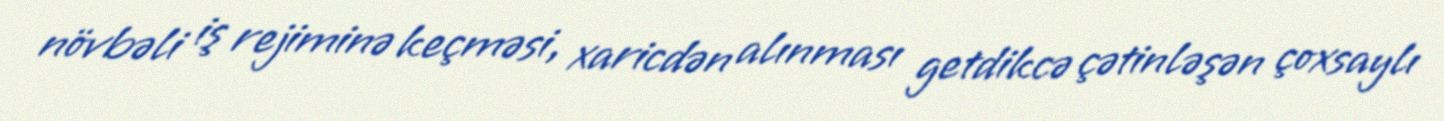
növbəli iş rejiminə keçməsi, xaricdən alınması getdikcə çətinləşən çoxsaylı